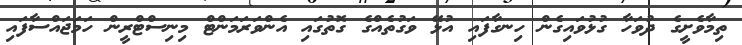
ތިމާވެށީގެ ދުވަހާ ގުޅުވައިގެން ހިނގާފައި އުޅޭ ވަގުތެއްގެ ގޮތުގައި އެންވަރަމަންޓް މިނިސްޓްރީން ހަމަޖައްސާފައި